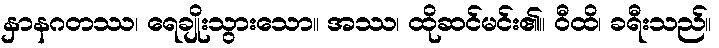
နှာနဂတဿ၊ ရေချိုးသွားသော။ အဿ၊ ထိုဆင်မင်း၏။ ဝီထိ၊ ခရီးသည်။